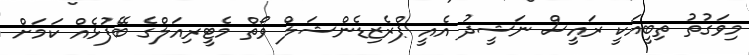
މިވަގުތު ތިބީއަކީ ރައީސް ނަޝީދު އެއީ ޕްރެެޒިޑެންޝަލް ވޯތް މެޓީރިއަލްގެ ބޭފުޅެއް ކަމަށް